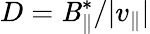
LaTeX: D=\mathit{B}_{\parallel}^{*}/|v_{\parallel}|